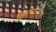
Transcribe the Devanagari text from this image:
क्रित्यंदनगर